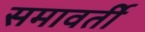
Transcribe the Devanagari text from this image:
समावर्ती